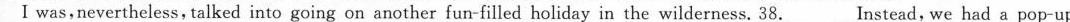
I was,nevertheless, talked into going on another fun-filled holiday in the wilderness. 38.___ Instead, we had a pop-up